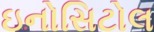
ઇનોસિટોલ